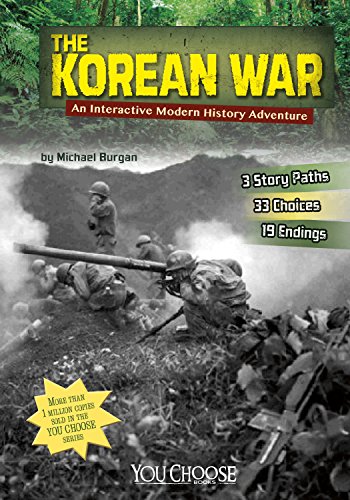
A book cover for The Korean War: An Interactive Modern History Adventure (You Choose: Modern History); Michael Burgan; Children's Books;